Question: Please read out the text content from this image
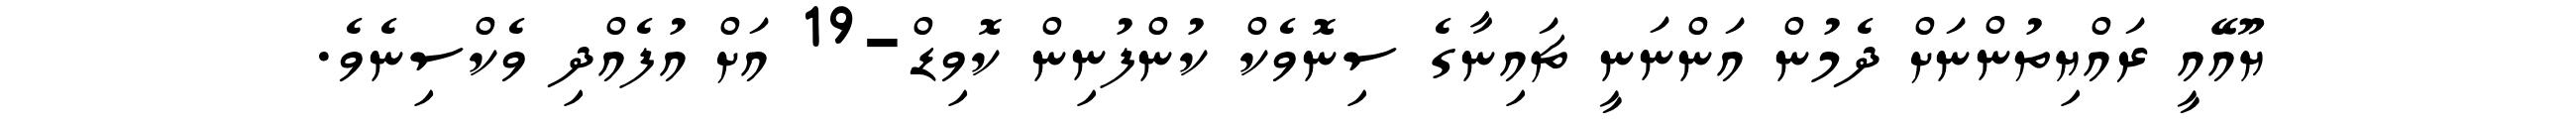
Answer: ޔޫއޭއީ ރައްޔިތުންނަށް ދެމުން އަންނަނީ ޗައިނާގެ ސިނޮވެކް ކުންފުނިން ކޮވިޑް-19 އަށް އުފެއްދި ވެކްސިނެވެ.